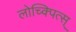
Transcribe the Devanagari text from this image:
लोच्क्पित्स्